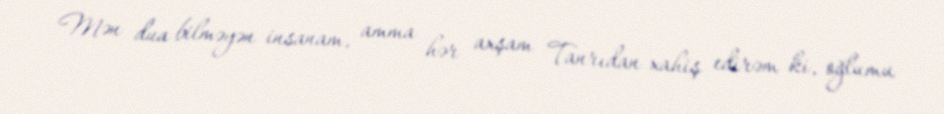
Mən dua bilməyən insanam, amma hər axşam Tanrıdan xahiş edirəm ki, oğlumu